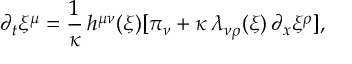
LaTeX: \partial _ { t } \xi ^ { \mu } = \frac { 1 } { \kappa } \, h ^ { \mu \nu } ( \xi ) [ \pi _ { \nu } + \kappa \, \lambda _ { \nu \rho } ( \xi ) \, \partial _ { x } \xi ^ { \rho } ] ,